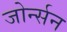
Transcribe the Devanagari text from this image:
जोर्न्सन